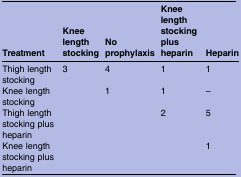
<table><thead><tr><td><b>Treatment</b></td><td><b>Knee length stocking</b></td><td><b>No prophylaxis</b></td><td><b>Knee length stocking plus heparin</b></td><td><b>Heparin</b></td></tr></thead><tbody><tr><td>Thigh length stocking</td><td>3</td><td>4</td><td>1</td><td>1</td></tr><tr><td>Knee length stocking</td><td></td><td>1</td><td>1</td><td>–</td></tr><tr><td>Thigh length stocking plus heparin</td><td></td><td></td><td>2</td><td>5</td></tr><tr><td>Knee length stocking plus heparin</td><td></td><td></td><td></td><td>1</td></tr></tbody></table>